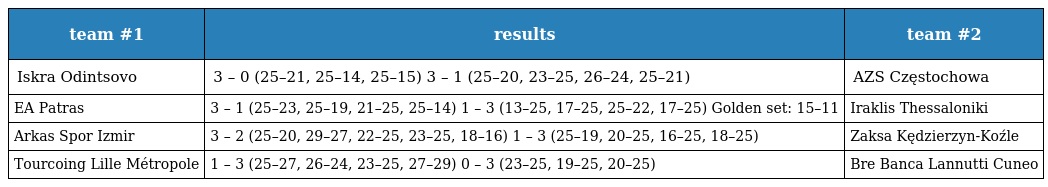
| team #1 | results | team #2 |
 | --- | --- | --- |
 | Iskra Odintsovo | 3 – 0 (25–21, 25–14, 25–15) 3 – 1 (25–20, 23–25, 26–24, 25–21) | AZS Częstochowa |
 | EA Patras | 3 – 1 (25–23, 25–19, 21–25, 25–14) 1 – 3 (13–25, 17–25, 25–22, 17–25) Golden set: 15–11 | Iraklis Thessaloniki |
 | Arkas Spor Izmir | 3 – 2 (25–20, 29–27, 22–25, 23–25, 18–16) 1 – 3 (25–19, 20–25, 16–25, 18–25) | Zaksa Kędzierzyn-Koźle |
 | Tourcoing Lille Métropole | 1 – 3 (25–27, 26–24, 23–25, 27–29) 0 – 3 (23–25, 19–25, 20–25) | Bre Banca Lannutti Cuneo |